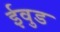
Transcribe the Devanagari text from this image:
ईवुड